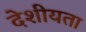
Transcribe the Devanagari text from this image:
देशीयता